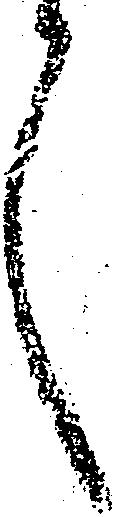
言